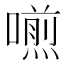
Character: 𠿏